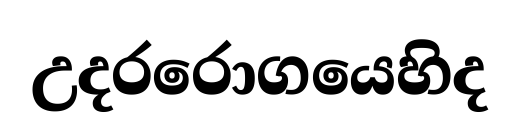
උදරරොගයෙහිද